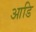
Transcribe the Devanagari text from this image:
आडि